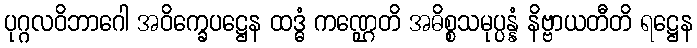
ပုဂ္ဂလဝိဘာဂေါ အဝိက္ခေပဋ္ဌေန ထဒ္ဓံ ကဏ္ဌေတိ အဓိစ္စသမုပ္ပန္နံ နိဗ္ဗာယတီတိ ရဋ္ဌေန